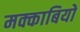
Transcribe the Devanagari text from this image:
मक्काबियों